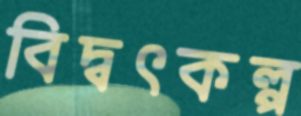
বিদ্বৎকল্প